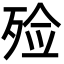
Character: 殓